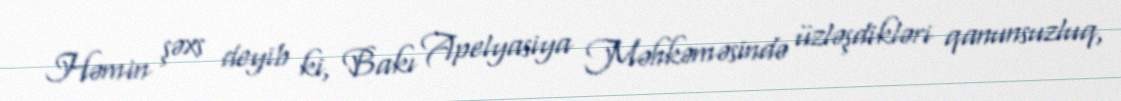
Həmin şəxs deyib ki, Bakı Apelyasiya Məhkəməsində üzləşdikləri qanunsuzluq,